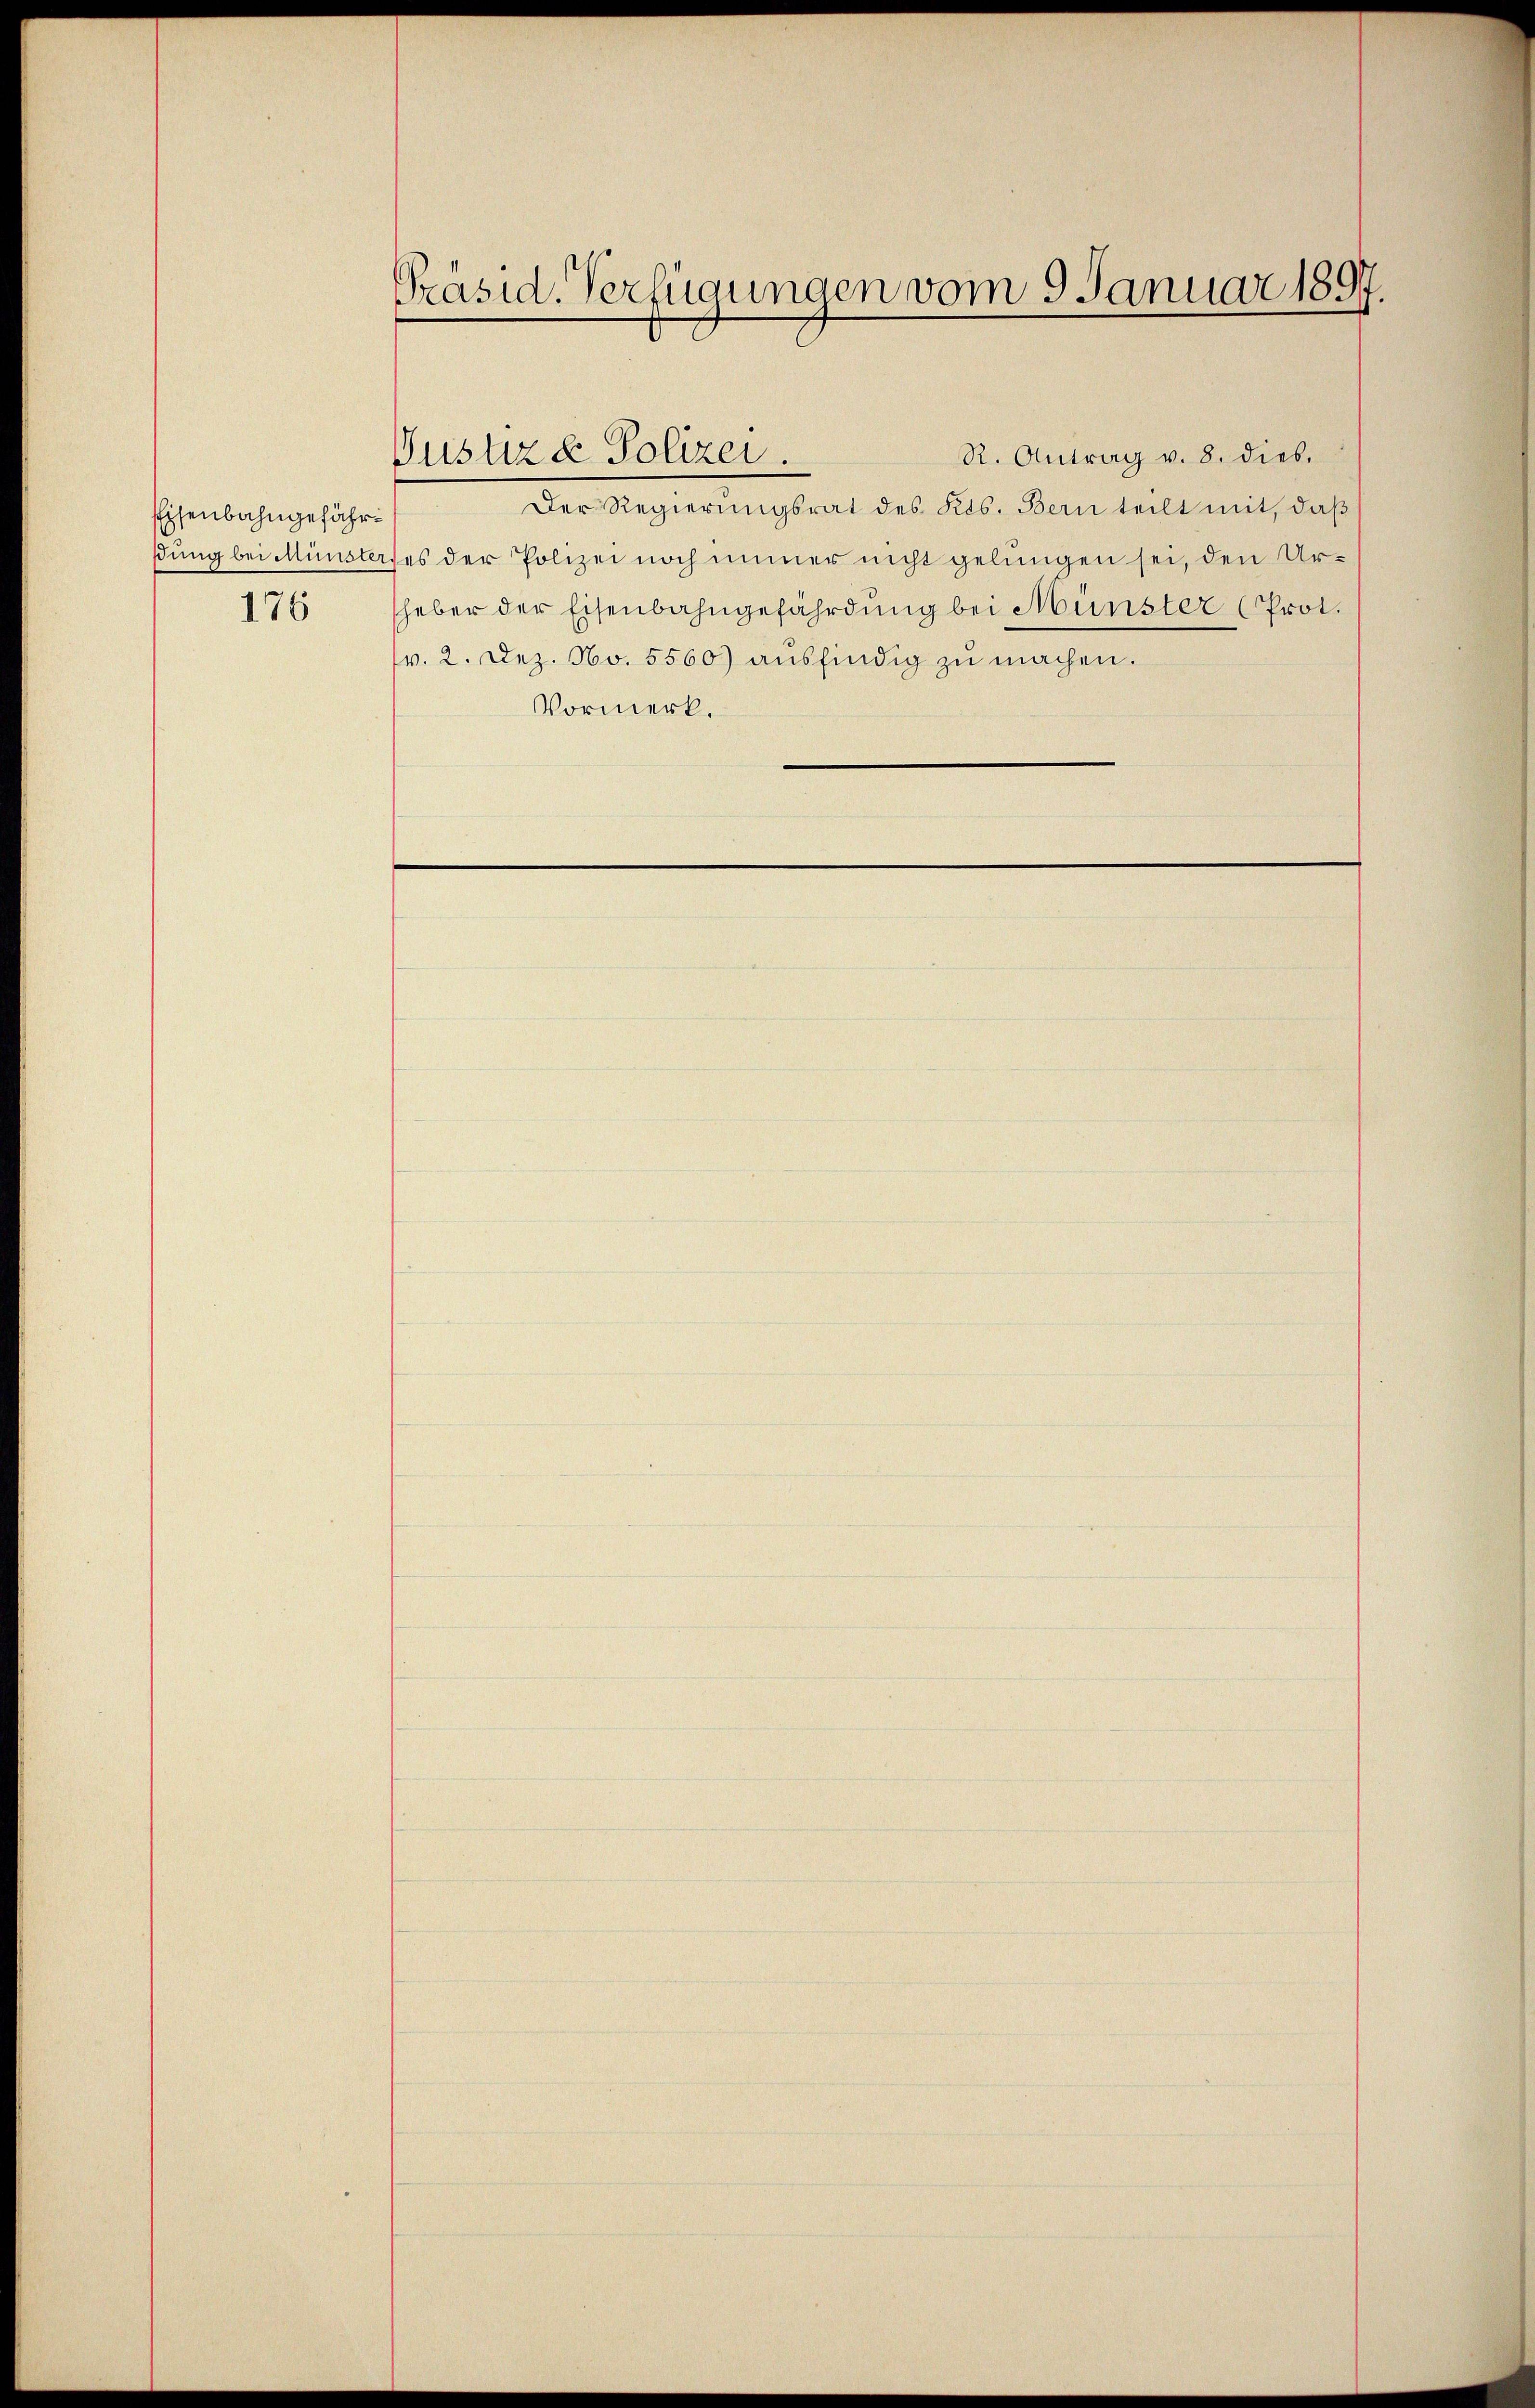
Eisenbahngefährsung bei Münster
176

Präsid. Verfügungen vom 9 Januar 1897.

Justizd Polizei.

R. Antrag v. 8. dies.
Der Regierungsrat des Kts. Bern teilt mit, daß
ses der Polizei noch immer nicht gelungen sei, den Urheber der Eisenbahngefährdung bei Münster (Prot.
v. 2. Dez. No. 5560) ausfindig zŭ machen.
Vormerk.